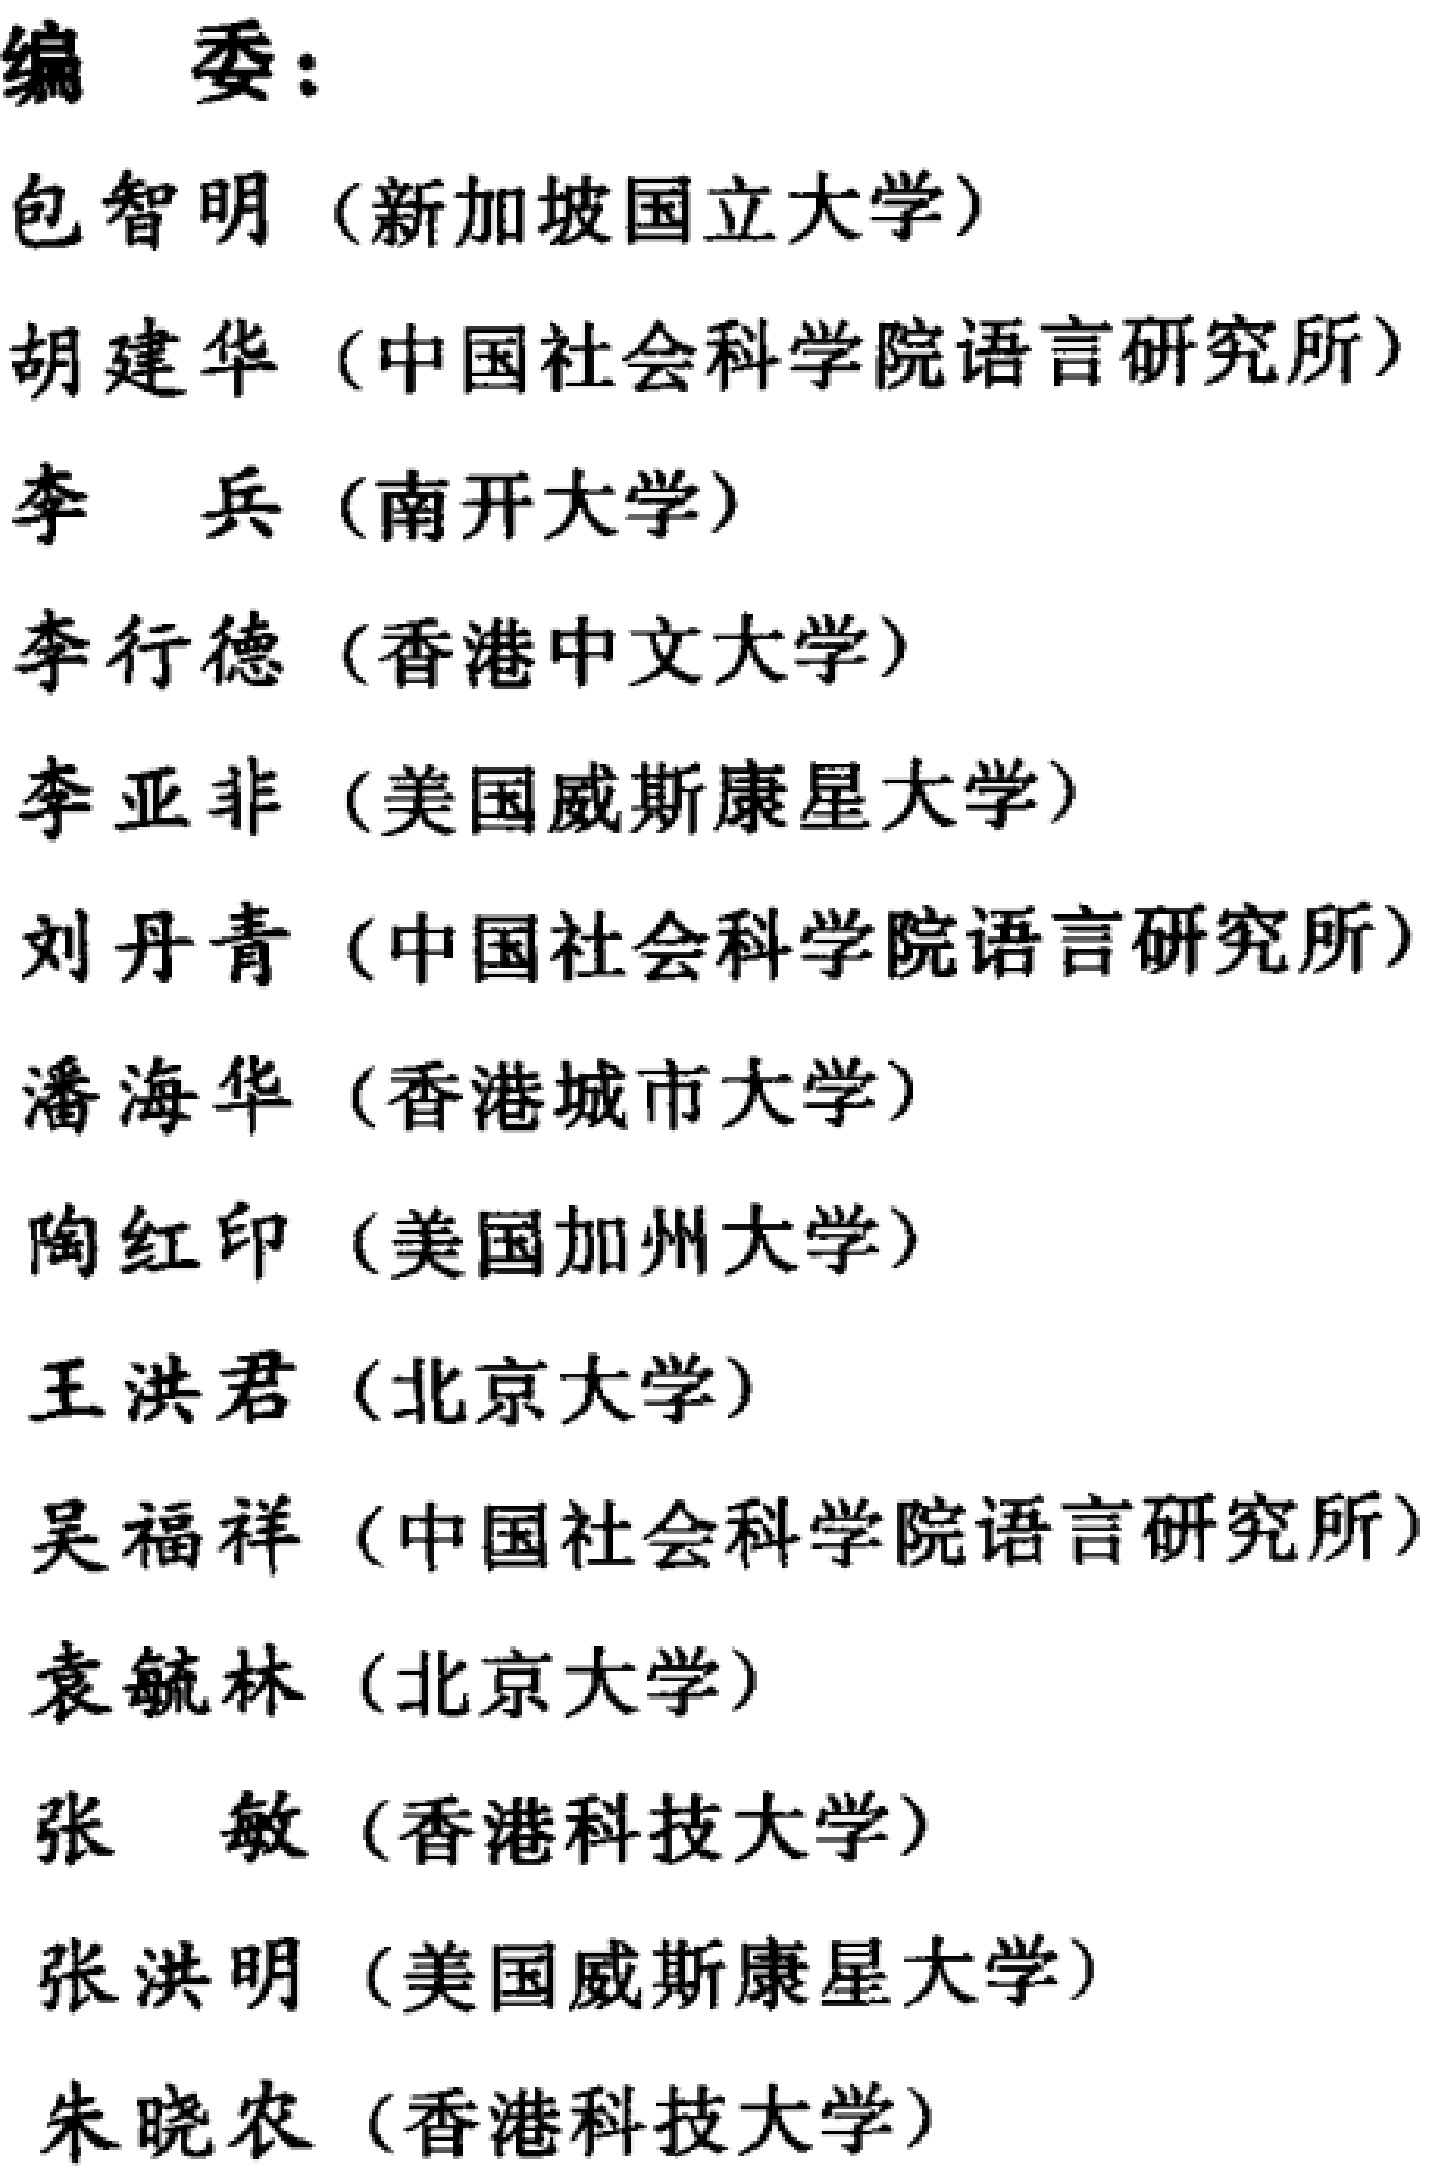
编委：

包智明（新加坡国立大学）

胡建华（中国社会科学院语言研究所）

李 兵（南开大学）

李行德（香港中文大学）

李亚非（美国威斯康星大学）

刘丹青（中国社会科学院语言研究所）

潘海华（香港城市大学）

陶红印（美国加州大学）

王洪君（北京大学）

吴福祥（中国社会科学院语言研究所）

袁毓林（北京大学）

张 敏（香港科技大学）

张洪明（美国威斯康星大学）

朱晓农（香港科技大学）